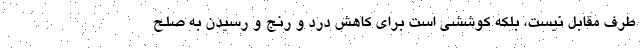
طرف مقابل نيست، بلكه كوششي است براي كاهش درد و رنج و رسيدن به صلح